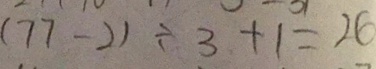
( 7 7 - 2 ) \div 3 + 1 = 2 6